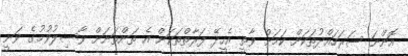
އޮންނަ ސަރަހައްދުތަކަށް ކަމަށް ވާތީ އެހީދޭ ފަރާތްތަކަށް އެ ތަންތަނަށް ވާސިލުވުމުގެ ވަނީ